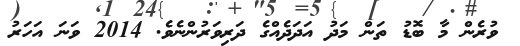
ވުރެން މާ ބޮޑު ތަން މަދު އަދަދެއްގެ ދަރިވަރުންނެވެ. 2014 ވަނަ އަހަރު